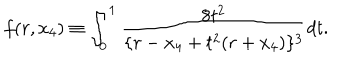
f ( r , x _ { 4 } ) \equiv \int _ { 0 } ^ { 1 } \frac { 8 t ^ { 2 } } { \{ r - x _ { 4 } + t ^ { 2 } ( r + x _ { 4 } ) \} ^ { 3 } } d t .